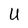
Character: U